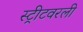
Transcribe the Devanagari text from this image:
स्ट्रीटवरली